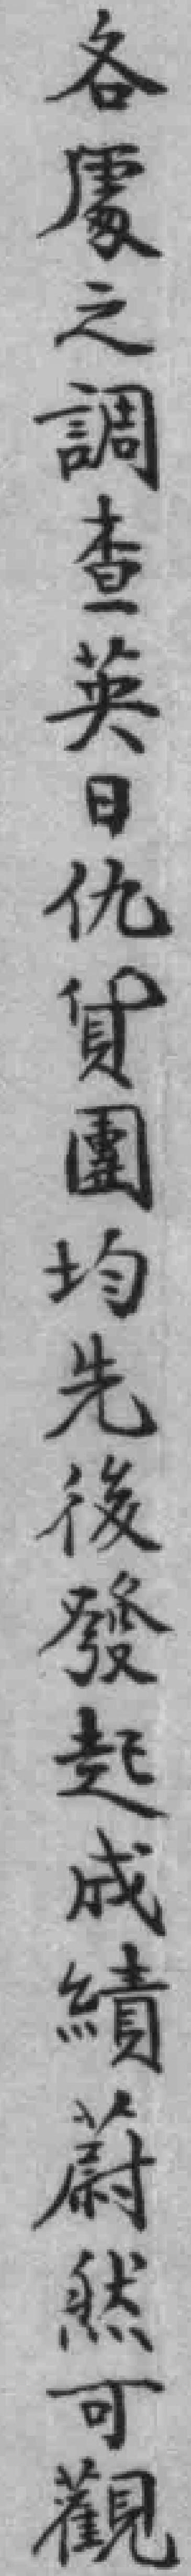
各*之調查英日仇貨團均先後發起成績蔚然可觀